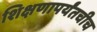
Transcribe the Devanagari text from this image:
शिक्षणापर्यंतचीच